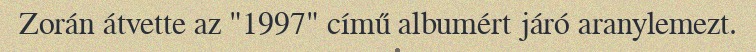
Zorán átvette az "1997" című albumért járó aranylemezt.